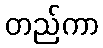
တည်ကာ